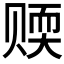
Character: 𬥻